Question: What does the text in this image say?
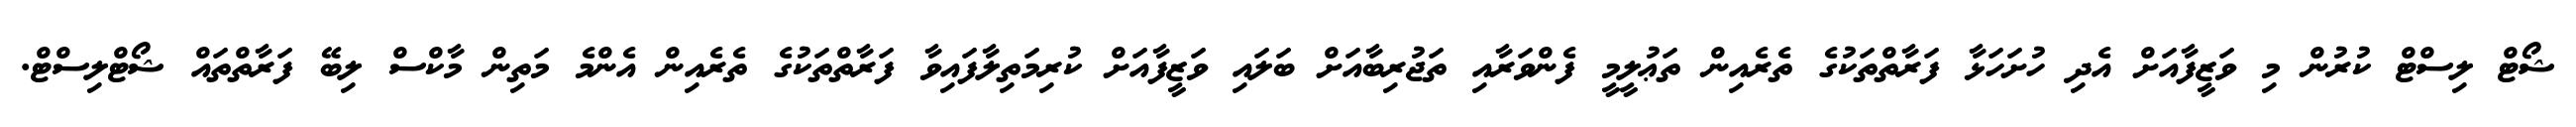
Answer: ޝޯޓް ލިސްޓް ކުރުން މި ވަޒީފާއަށް އެދި ހުށަހަޅާ ފަރާތްތަކުގެ ތެރެއިން ތަޢުލީމީ ފެންވަރާއި ތަޖުރިބާއަށް ބަލައި ވަޒީފާއަށް ކުރިމަތިލާފައިވާ ފަރާތްތަކުގެ ތެރެއިން އެންމެ މަތިން މާކްސް ލިބޭ ފަރާތްތައް ޝޯޓްލިސްޓް.